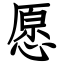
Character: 愿